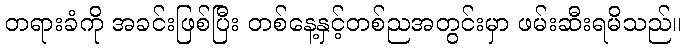
တရားခံကို အခင်းဖြစ်ပြီး တစ်နေ့နှင့်တစ်ညအတွင်းမှာ ဖမ်းဆီးရမိသည်။